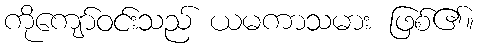
ကိုကျော်ဝင်းသည် ယမကာသမား ဖြစ်၏။